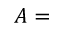
A =